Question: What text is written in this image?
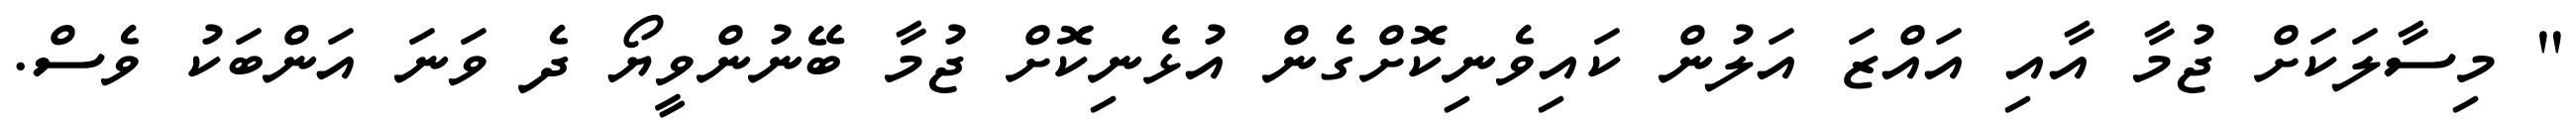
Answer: " މިސާލަކަށް ޖުމާ އާއި އައްޒަ އަލުން ކައިވެނިކޮށްގެން އުޅެނިކޮށް ޖުމާ ބޭނުންވީޔޯ ދެ ވަނަ އަންބަކު ވެސް.